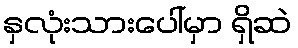
နှလုံးသားပေါ်မှာ ရှိဆဲ